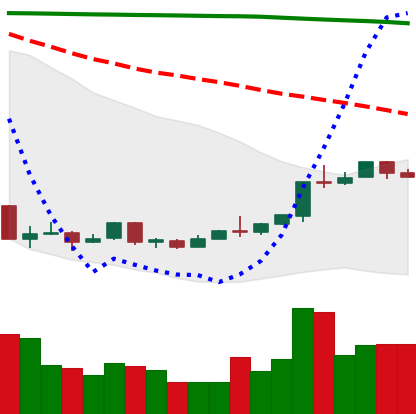
Ticker: ETH-USD
Chart end date: 2018-04-17
Forward return: 23.656%
Label: up_7plus